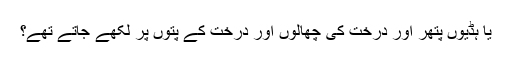
یا ہڈیوں پتھر اور درخت کی چھالوں اور درخت کے پتوں پر لکھے جاتے تھے؟